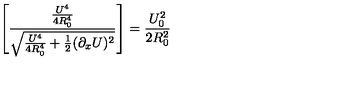
\left[ { \frac { \frac { U ^ { 4 } } { 4 R _ { 0 } ^ { 4 } } } { \sqrt { { \frac { U ^ { 4 } } { 4 R _ { 0 } ^ { 4 } } } + { \frac { 1 } { 2 } } ( \partial _ { x } U ) ^ { 2 } } } } \right] = { \frac { U _ { 0 } ^ { 2 } } { 2 R _ { 0 } ^ { 2 } } }